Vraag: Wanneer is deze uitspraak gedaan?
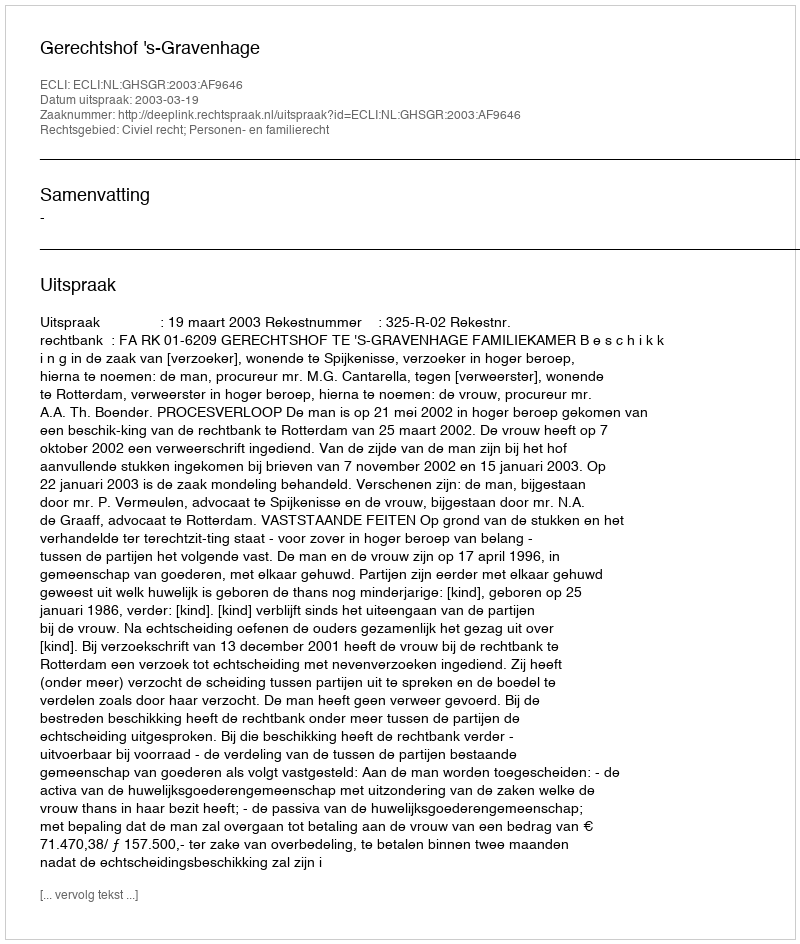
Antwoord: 2003-03-19